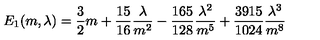
E _ { 1 } ( m , \lambda ) = \frac { 3 } { 2 } m + \frac { 1 5 } { 1 6 } \frac { \lambda } { m ^ { 2 } } - \frac { 1 6 5 } { 1 2 8 } \frac { \lambda ^ { 2 } } { m ^ { 5 } } + \frac { 3 9 1 5 } { 1 0 2 4 } \frac { \lambda ^ { 3 } } { m ^ { 8 } }